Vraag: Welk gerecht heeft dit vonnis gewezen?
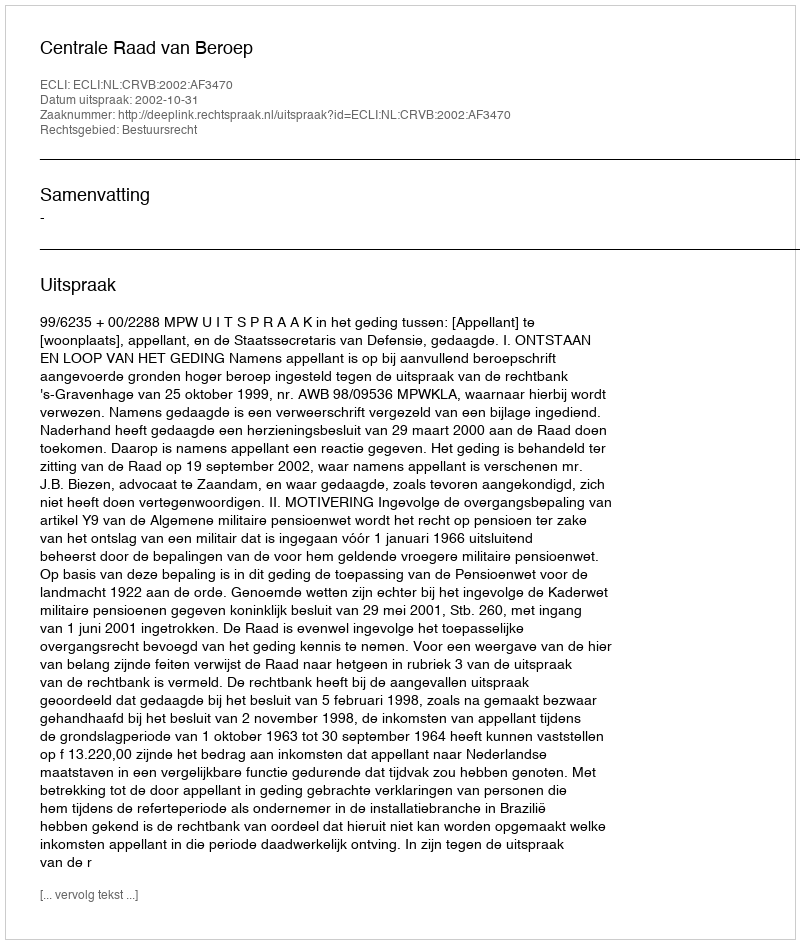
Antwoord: Centrale Raad van Beroep